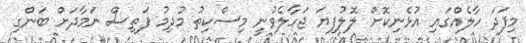
މިފަދަ ހާލެއްގައި އުޅެނިކޮށް ލޮލުފިޔަ ޖަހާލެވުނީ މިސްކިތު މުދިމު ފަތިސް ނަމާދަށް ބަންގި